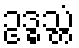
ဥဒ္ဓသ္တံ